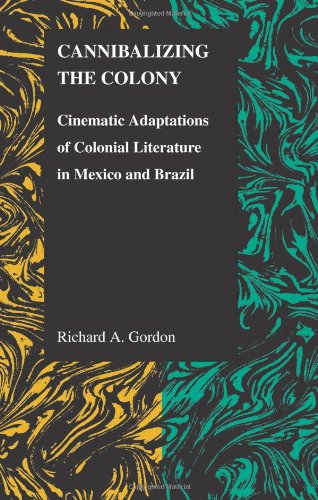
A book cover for Cannibalizing The Colony: Cinematic Adaptations Of Colonial Literature In Mexico And Brazil (Purdue Studies in Romance Literatures); Richard A. Gordon; Humor & Entertainment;